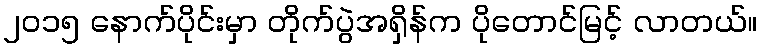
၂၀၁၅ နောက်ပိုင်းမှာ တိုက်ပွဲအရှိန်က ပိုတောင်မြင့် လာတယ်။